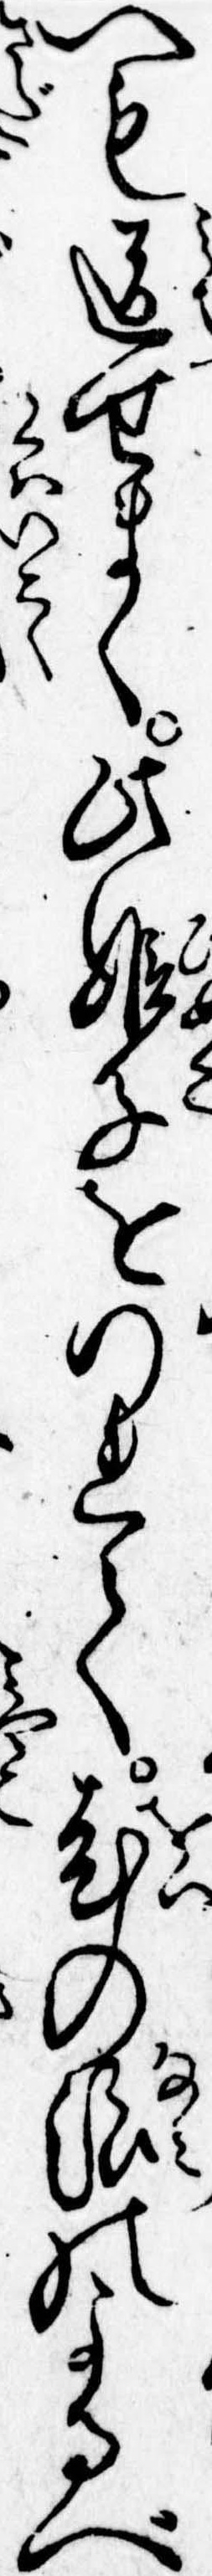
へも道せまく此姫子をつれて老の浪のよるべ